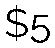
$5